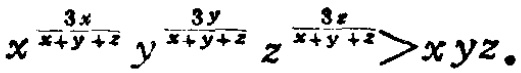
$x^{\frac{3x}{x + y+z}}y^{\frac{3y}{x + y + z}}z^{\frac{3z}{x + y + z}}>xyz$